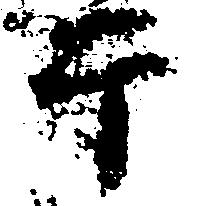
于